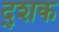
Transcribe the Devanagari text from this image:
द्शक